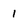
Character: 1